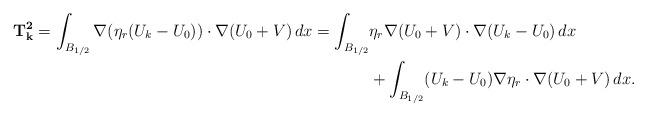
LaTeX: \begin{align*}\mathbf{T^2_{k}}= \int_{B_{1/2}} \nabla( \eta_r(U_k-U_0)) \cdot \nabla (U_0+V) \,dx = \int_{B_{1/2}} &\eta_r \nabla (U_0+V)\cdot \nabla (U_k-U_0)\,dx\\& + \int_{B_{1/2}} (U_k-U_0)\nabla \eta_r\cdot \nabla (U_0+V)\,dx.\end{align*}